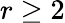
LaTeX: r\geq 2